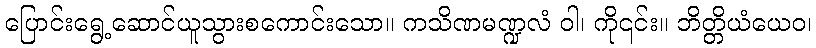
ပြောင်းရွေ့ဆောင်ယူသွားစကောင်းသော။ ကသိဏမဏ္ဍလံ ဝါ၊ ကို၎င်း။ ဘိတ္တိယံယေဝ၊